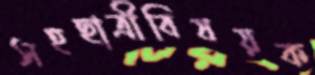
সহছাত্রীবিষয়ক